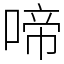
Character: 啼